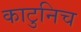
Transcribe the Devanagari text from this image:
काटुनिच